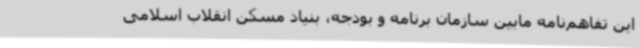
این تفاهم‌نامه مابین سازمان برنامه و بودجه، بنیاد مسکن انقلاب اسلامی